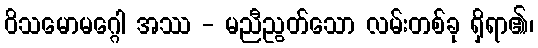
ဝိသမောမဂ္ဂေါ အဿ - မညီညွတ်သော လမ်းတစ်ခု ရှိရာ၏၊